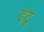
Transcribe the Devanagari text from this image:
इंटु